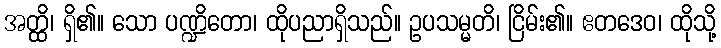
အတ္ထိ၊ ရှိ၏။ သော ပဏ္ဍိတော၊ ထိုပညာရှိသည်။ ဥပသမ္မတိ၊ ငြိမ်း၏။ ဧတဒေဝ၊ ထိုသို့